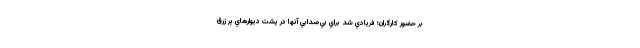
بر حضور كارگران؛ فريادي شد براي بي‌صدايي آنها در پشت ديوارهاي پر زرق